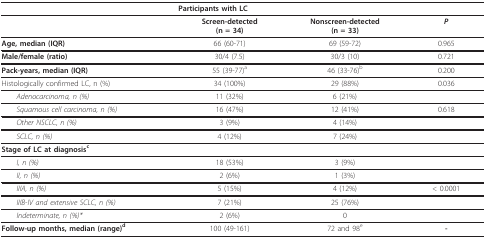
<table><thead><tr><td></td><td colspan="2"><b>Participants with LC</b></td><td></td></tr></thead><tbody><tr><td></td><td><b>Screen-detected</b><b>(n = 34)</b></td><td><b>Nonscreen-detected</b><b>(n = 33)</b></td><td><b><i>P</i></b></td></tr><tr><td><b>Age, median (IQR)</b></td><td>66 (60-71)</td><td>69 (59-72)</td><td>0.965</td></tr><tr><td><b>Male/female (ratio)</b></td><td>30/4 (7.5)</td><td>30/3 (10)</td><td>0.721</td></tr><tr><td><b>Pack-years, median (IQR)</b></td><td>55 (39-77)<sup>a</sup></td><td>46 (33-76)<sup>b</sup></td><td>0.200</td></tr><tr><td>Histologically confirmed LC, n (%)</td><td>34 (100%)</td><td>29 (88%)</td><td>0.036</td></tr><tr><td> <i>Adenocarcinoma, n (%)</i></td><td>11 (32%)</td><td>6 (21%)</td><td></td></tr><tr><td> <i>Squamous cell carcinoma, n (%)</i></td><td>16 (47%)</td><td>12 (41%)</td><td>0.618</td></tr><tr><td> <i>Other NSCLC, n (%)</i></td><td>3 (9%)</td><td>4 (14%)</td><td></td></tr><tr><td> <i>SCLC, n (%)</i></td><td>4 (12%)</td><td>7 (24%)</td><td></td></tr><tr><td><b>Stage of LC at diagnosis<sup>c</sup></b></td><td></td><td></td><td></td></tr><tr><td> <i>I, n (%)</i></td><td>18 (53%)</td><td>3 (9%)</td><td></td></tr><tr><td> <i>II, n (%)</i></td><td>2 (6%)</td><td>1 (3%)</td><td></td></tr><tr><td> <i>IIIA, n (%)</i></td><td>5 (15%)</td><td>4 (12%)</td><td>&lt; 0.0001</td></tr><tr><td> <i>IIIB-IV and extensive SCLC, n (%)</i></td><td>7 (21%)</td><td>25 (76%)</td><td></td></tr><tr><td> <i>Indeterminate, n (%)*</i></td><td>2 (6%)</td><td>0</td><td></td></tr><tr><td><b>Follow-up months, median (range)</b><sup><b>d</b></sup></td><td>100 (49-161)</td><td>72 and 98<sup>e</sup></td><td><b>-</b></td></tr></tbody></table>